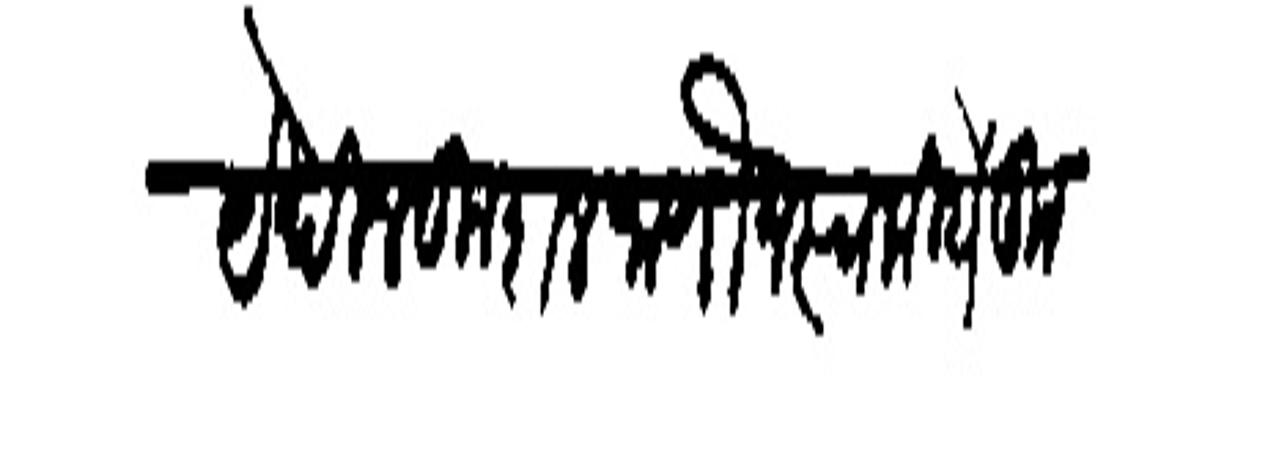
Transliteration (Devanagari): येथील कुश्ल जाणोन स्वकीये कुशल